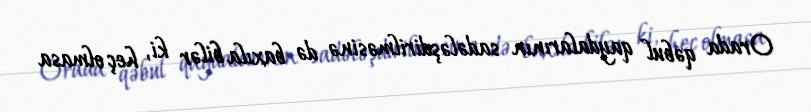
Orada qəbul qaydalarının sadələşdirilməsinə də baxıla bilər ki, heç olmasa